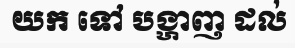
យក ទៅ បង្ហាញ ដល់